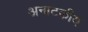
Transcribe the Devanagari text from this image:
अनाटकीय